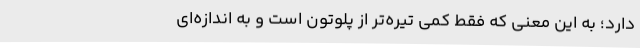
دارد؛ به این معنی که فقط کمی تیره‌تر از پلوتون است و به اندازه‌ای